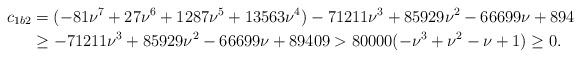
LaTeX: \begin{align*}c_{1b2}&=(-81\nu^7+27\nu^6+1287\nu^5+13563\nu^4)-71211\nu^3+85929\nu^2-66699\nu+894\\ &\ge -71211\nu^3 +85929\nu^2-66699\nu+89409> 80000 (-\nu^3+\nu^2-\nu+1)\ge 0.\end{align*}